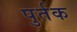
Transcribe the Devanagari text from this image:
पुर्तक